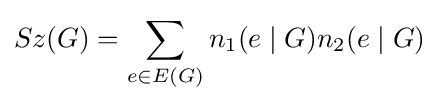
Sz(G)=\sum _{e\in E(G)}n_{1}(e\mid G)n_{2}(e\mid G)